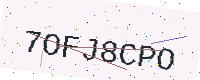
Text: 7OFJ8CPO